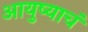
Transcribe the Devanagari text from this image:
आयुष्याचं